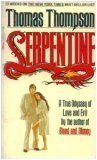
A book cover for SERPENTINE; Thomas Thompson; Biographies & Memoirs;